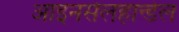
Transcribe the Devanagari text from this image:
आइनसेलहान्डेल